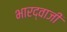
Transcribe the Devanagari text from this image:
भारद्वाजी